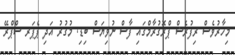
މިހާރުވެސް ރިފުރެޝް ޕްރޮގުރާމްގައި ފާސް ނުވިޔަސް ބިޑި